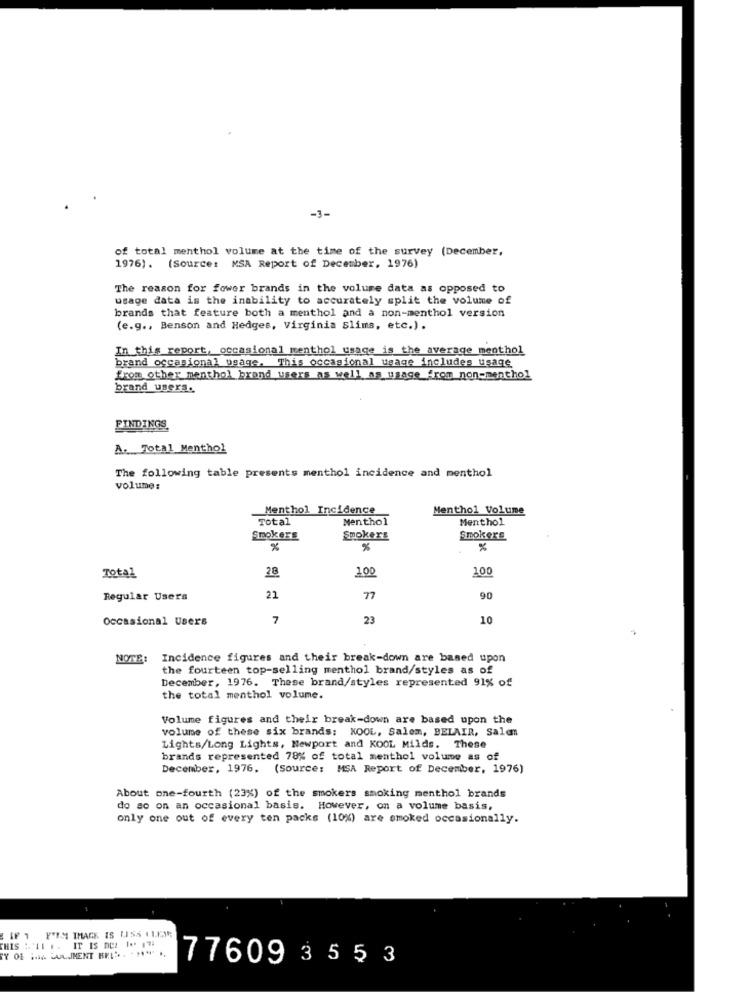
-3-
of total menthol volume at the time of the survey (December.
1976). (Source: MSA Report of December, 1976)
The reason for fower brands in the volume data as opposed to
usage data is the inability to accurately split the volume of
brands that feature both a menthol and a non-menthol version
(e.g ., Benson and Hedges, Virginia Slims, etc.).
In this report, occasional menthol usage is the average menthol
brand occasional usage. This occasional usage includes usage
from other menthol brand users as well as usage_from_non-menthol
brand users.
FINDINGS
A. Total Menthol
The following table presents menthol incidence and menthol
volume:
Menthol Incidence
Menthol Volume
Total
Menthol
Menthol
Smokers
Smokers
Smokers
%
%
28
100
100
Total
Regular Users
21
77
90
Occasional Users
7
23
10
NOTE:
Incidence figures and their break-down are based upon
the fourteen top-selling menthol brand/styles as of
December, 1976. These brand/styles represented 91% of
the total menthol volume.
Volume figures and their break-down are based upon the
volume of these six brands: KOOL, Salem, BELAIR, Salam
Lights/Long Lights, Newport and KOOL Milds. These
brands represented 78% of total menthol volume as of
December, 1976. (Source: MSA Report of December, 1976)
About one-fourth (23%) of the smokers smoking menthol brands
do so on an occasional basis. However, on a volume basis,
only one out of every ten packs (10%) are smoked occasionally.
IF 1 Y'IN IMAGE IS USS LLES
IT IS DEL 10 174
THIS : '1. ..
TY OF HON ALIMENT BEL".
77609 3553